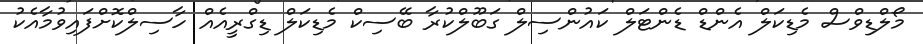
މޯލްޑިވްސް މެޑިކަލް އެންޑް ޑެންޓަލް ކައުންސިލް ގަބޫލްކުރާ ބޭސިކް މެޑިކަލް ޑިގްރީއެއް ހާސިލްކޮށްފައިވުމާއެކު